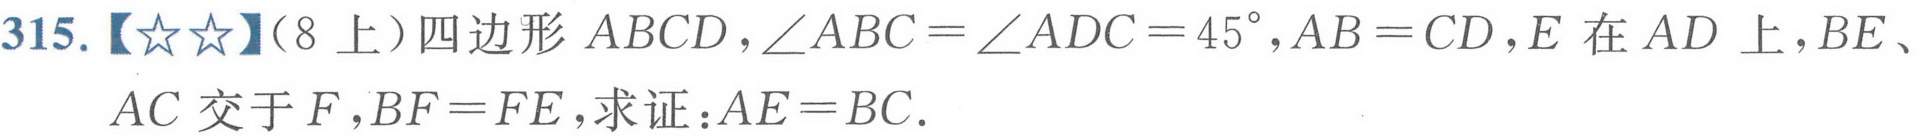
315.【★★】（8上）四边形\(ABCD\)，\(\angle ABC=\angle ADC = 45^{\circ}\), \(AB = CD\), \(E\)在\(AD\)上，\(BE\)、\(AC\)交于\(F\), \(BF = FE\), 求证：\(AE = BC\).